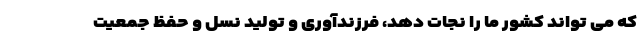
که می تواند کشور ما را نجات دهد، فرزندآوری و تولید نسل و حفظ جمعیت